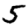
Digit: 5